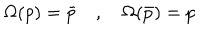
\Omega ( p ) = \bar { p } \quad , \quad \Omega ( \bar { p } ) = p